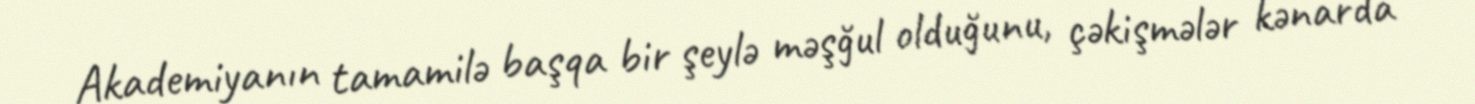
Akademiyanın tamamilə başqa bir şeylə məşğul olduğunu, çəkişmələr kənarda